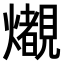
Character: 𤒠